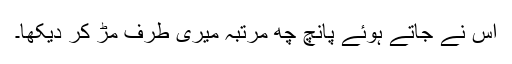
اس نے جاتے ہوئے پانچ چھ مرتبہ میری طرف مڑ کر دیکھا۔